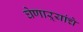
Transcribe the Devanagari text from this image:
घेणाऱ्यांचे